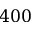
4 0 0